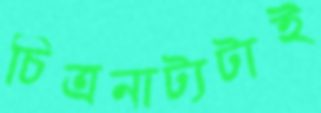
চিত্রনাট্যটাই